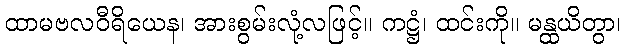
ထာမဗလဝီရိယေန၊ အားစွမ်းလုံ့လဖြင့်။ ကဋ္ဌံ၊ ထင်းကို။ မန္ထယိတွာ၊